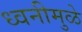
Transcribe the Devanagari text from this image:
ध्वनीमुळे